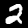
Digit: 2